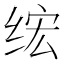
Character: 𫟄